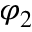
\varphi _ { 2 }